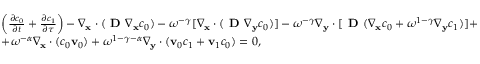
\begin{array} { r l } & { \left( \frac { \partial c _ { 0 } } { \partial t } + \frac { \partial c _ { 1 } } { \partial \tau } \right) - \nabla _ { \mathbf x } \cdot ( \textbf { D } \nabla _ { \mathbf x } c _ { 0 } ) - \omega ^ { - \gamma } [ \nabla _ { \mathbf x } \cdot ( \textbf { D } \nabla _ { \mathbf y } c _ { 0 } ) ] - \omega ^ { - \gamma } \nabla _ { \mathbf y } \cdot [ \textbf { D } ( \nabla _ { \mathbf x } c _ { 0 } + \omega ^ { 1 - \gamma } \nabla _ { \mathbf y } c _ { 1 } ) ] + } \\ & { + \omega ^ { - \alpha } \nabla _ { \mathbf x } \cdot ( c _ { 0 } \mathbf v _ { 0 } ) + \omega ^ { 1 - \gamma - \alpha } \nabla _ { \mathbf y } \cdot ( \mathbf v _ { 0 } c _ { 1 } + \mathbf v _ { 1 } c _ { 0 } ) = 0 , } \end{array}